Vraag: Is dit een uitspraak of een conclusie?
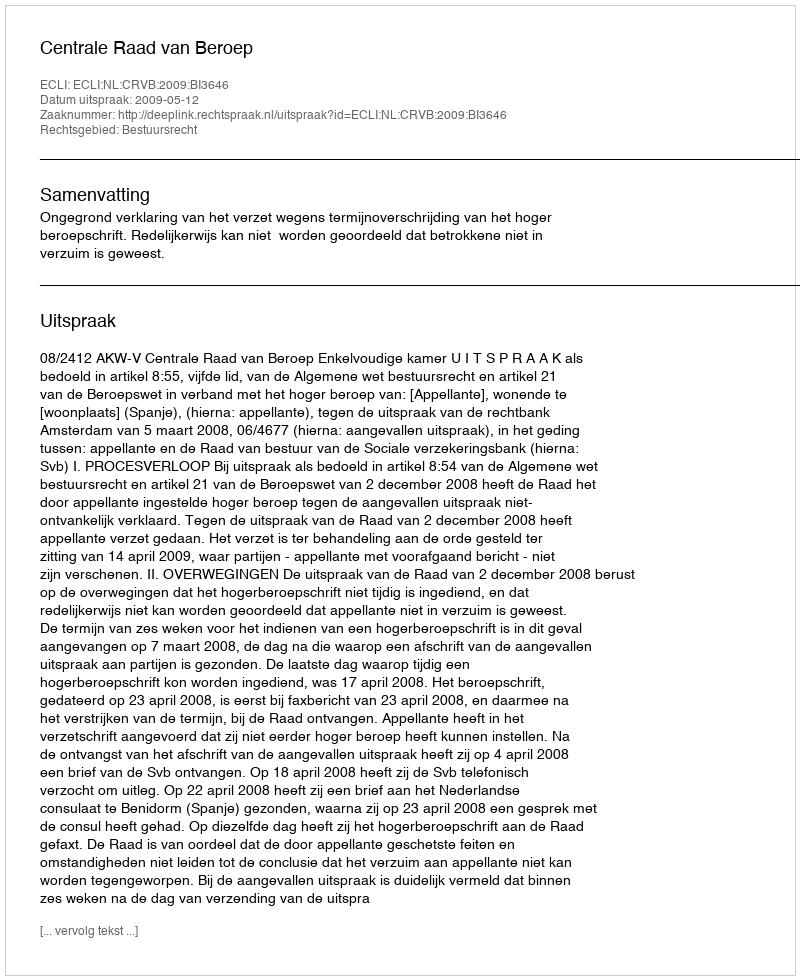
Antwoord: Uitspraak